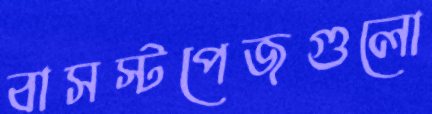
বাসস্টপেজগুলো